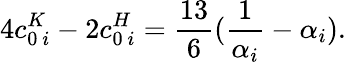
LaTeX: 4c_{0\ i}^{K}-2c_{0\ i}^{H}={\frac{13}{6}}({\frac{1}{\alpha_{i}}}-\alpha_{i}).